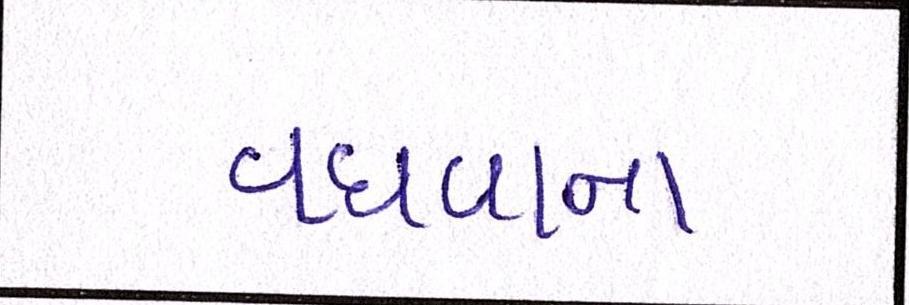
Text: વધવાના